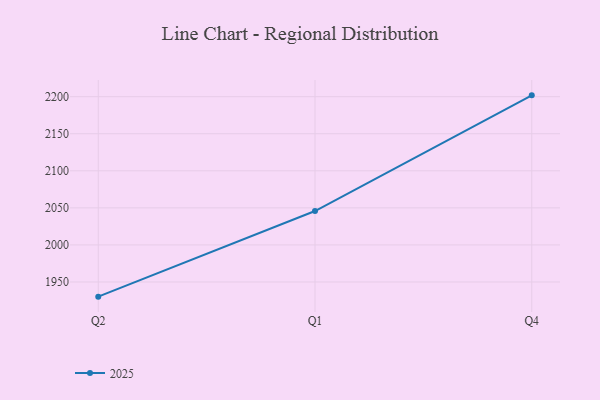
{"axis": {"x": "Quarter", "y": "Backlog"}, "legend": ["2025"], "data": [{"x": "Q2", "y": 1930.2, "type": "2025"}, {"x": "Q1", "y": 2045.7, "type": "2025"}, {"x": "Q4", "y": 2201.8, "type": "2025"}]}